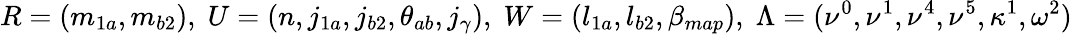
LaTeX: R=(m_{1a},m_{b2}),\; U=(n,j_{1a},j_{b2},\theta_{ab},j_{\gamma}),\; W=(l_{1a},l_{b2},\beta_{map}),\; \Lambda=(\nu^{0},\nu^{1},\nu^{4},\nu^{5},\kappa^{1},\omega^{2})